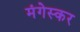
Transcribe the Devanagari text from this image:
मंगेस्कर